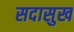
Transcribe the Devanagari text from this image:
सदासुख